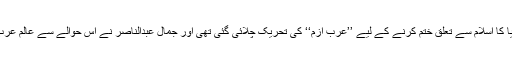
پہلا قدم اس وقت اٹھایا گیا جب عرب دنیا کا اسلام سے تعلق ختم کرنے کے لیے ’’عرب ازم‘‘ کی تحریک چلائی گئی تھی اور جمال عبدالناصر نے اس حوالے سے عالم عرب میں خاصی شہرت حاصل کر لی تھی۔